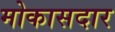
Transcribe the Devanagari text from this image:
मोकासदार